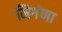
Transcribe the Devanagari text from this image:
मिगंणा